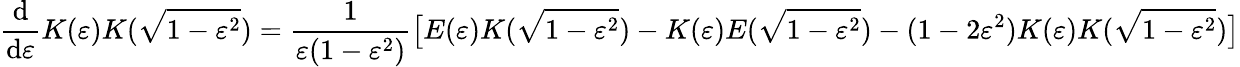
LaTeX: {\frac{\mathrm{d}}{\mathrm{d}\varepsilon}}K(\varepsilon)K({\sqrt{1-\varepsilon^{2}}})={\frac{1}{\varepsilon(1-\varepsilon^{2})}}{\bigl[}E(\varepsilon)K({\sqrt{1-\varepsilon^{2}}})-K(\varepsilon)E({\sqrt{1-\varepsilon^{2}}})-(1-2\varepsilon^{2})K(\varepsilon)K({\sqrt{1-\varepsilon^{2}}}){\bigr]}